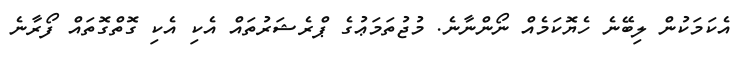
އެކަމަކުން ލިބޭނެ ހެޔޮކަމެއް ނޯންނާނެ. މުޖުތަމަޢުގެ ޕްރެޝަރުތައް އެކި އެކި ގޮތްގޮތައް ފޯރާނެ